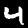
Digit: 4